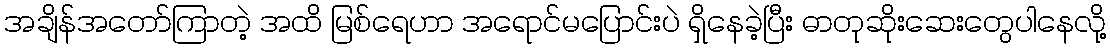
အချိန်အတော်ကြာတဲ့ အထိ မြစ်ရေဟာ အရောင်မပြောင်းပဲ ရှိနေခဲ့ပြီး ဓာတုဆိုးဆေးတွေပါနေလို့